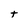
Character: t